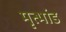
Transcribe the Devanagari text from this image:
मृत्भांड